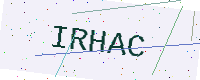
Text: IRHAC